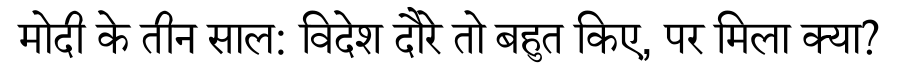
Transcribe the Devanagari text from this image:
मोदी के तीन साल: विदेश दौरे तो बहुत किए, पर मिला क्या?